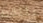
يلتقط